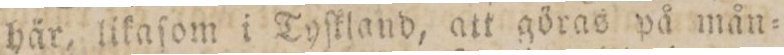
här, likaſom i Tyſtland, att göras på mån=